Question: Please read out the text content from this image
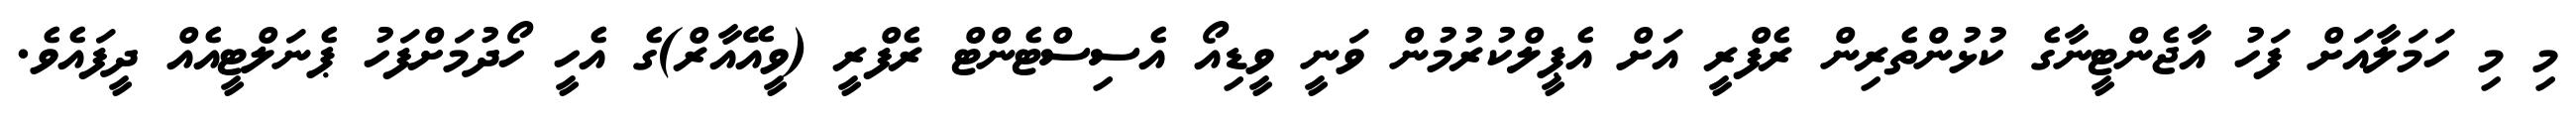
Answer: މި މި ހަމަލާއަށް ފަހު އާޖެންޓީނާގެ ކުޅުންތެރިން ރެފްރީ އަށް އެޕީލްކުރުމުން ވަނީ ވީޑިއޯ އެސިސްޓެންޓް ރެފްރީ (ވީއޭއާރް)ގެ އެހީ ހޯދުމަށްފަހު ޕެނަލްޓީއެއް ދީފައެވެ.